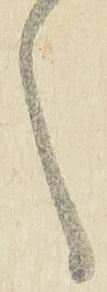
之